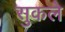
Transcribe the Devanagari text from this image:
सुकले